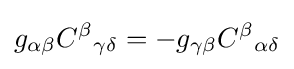
g_{\alpha \beta }{C^{\beta }}_{\gamma \delta }=-g_{\gamma \beta }{C^{\beta }}_{\alpha \delta }